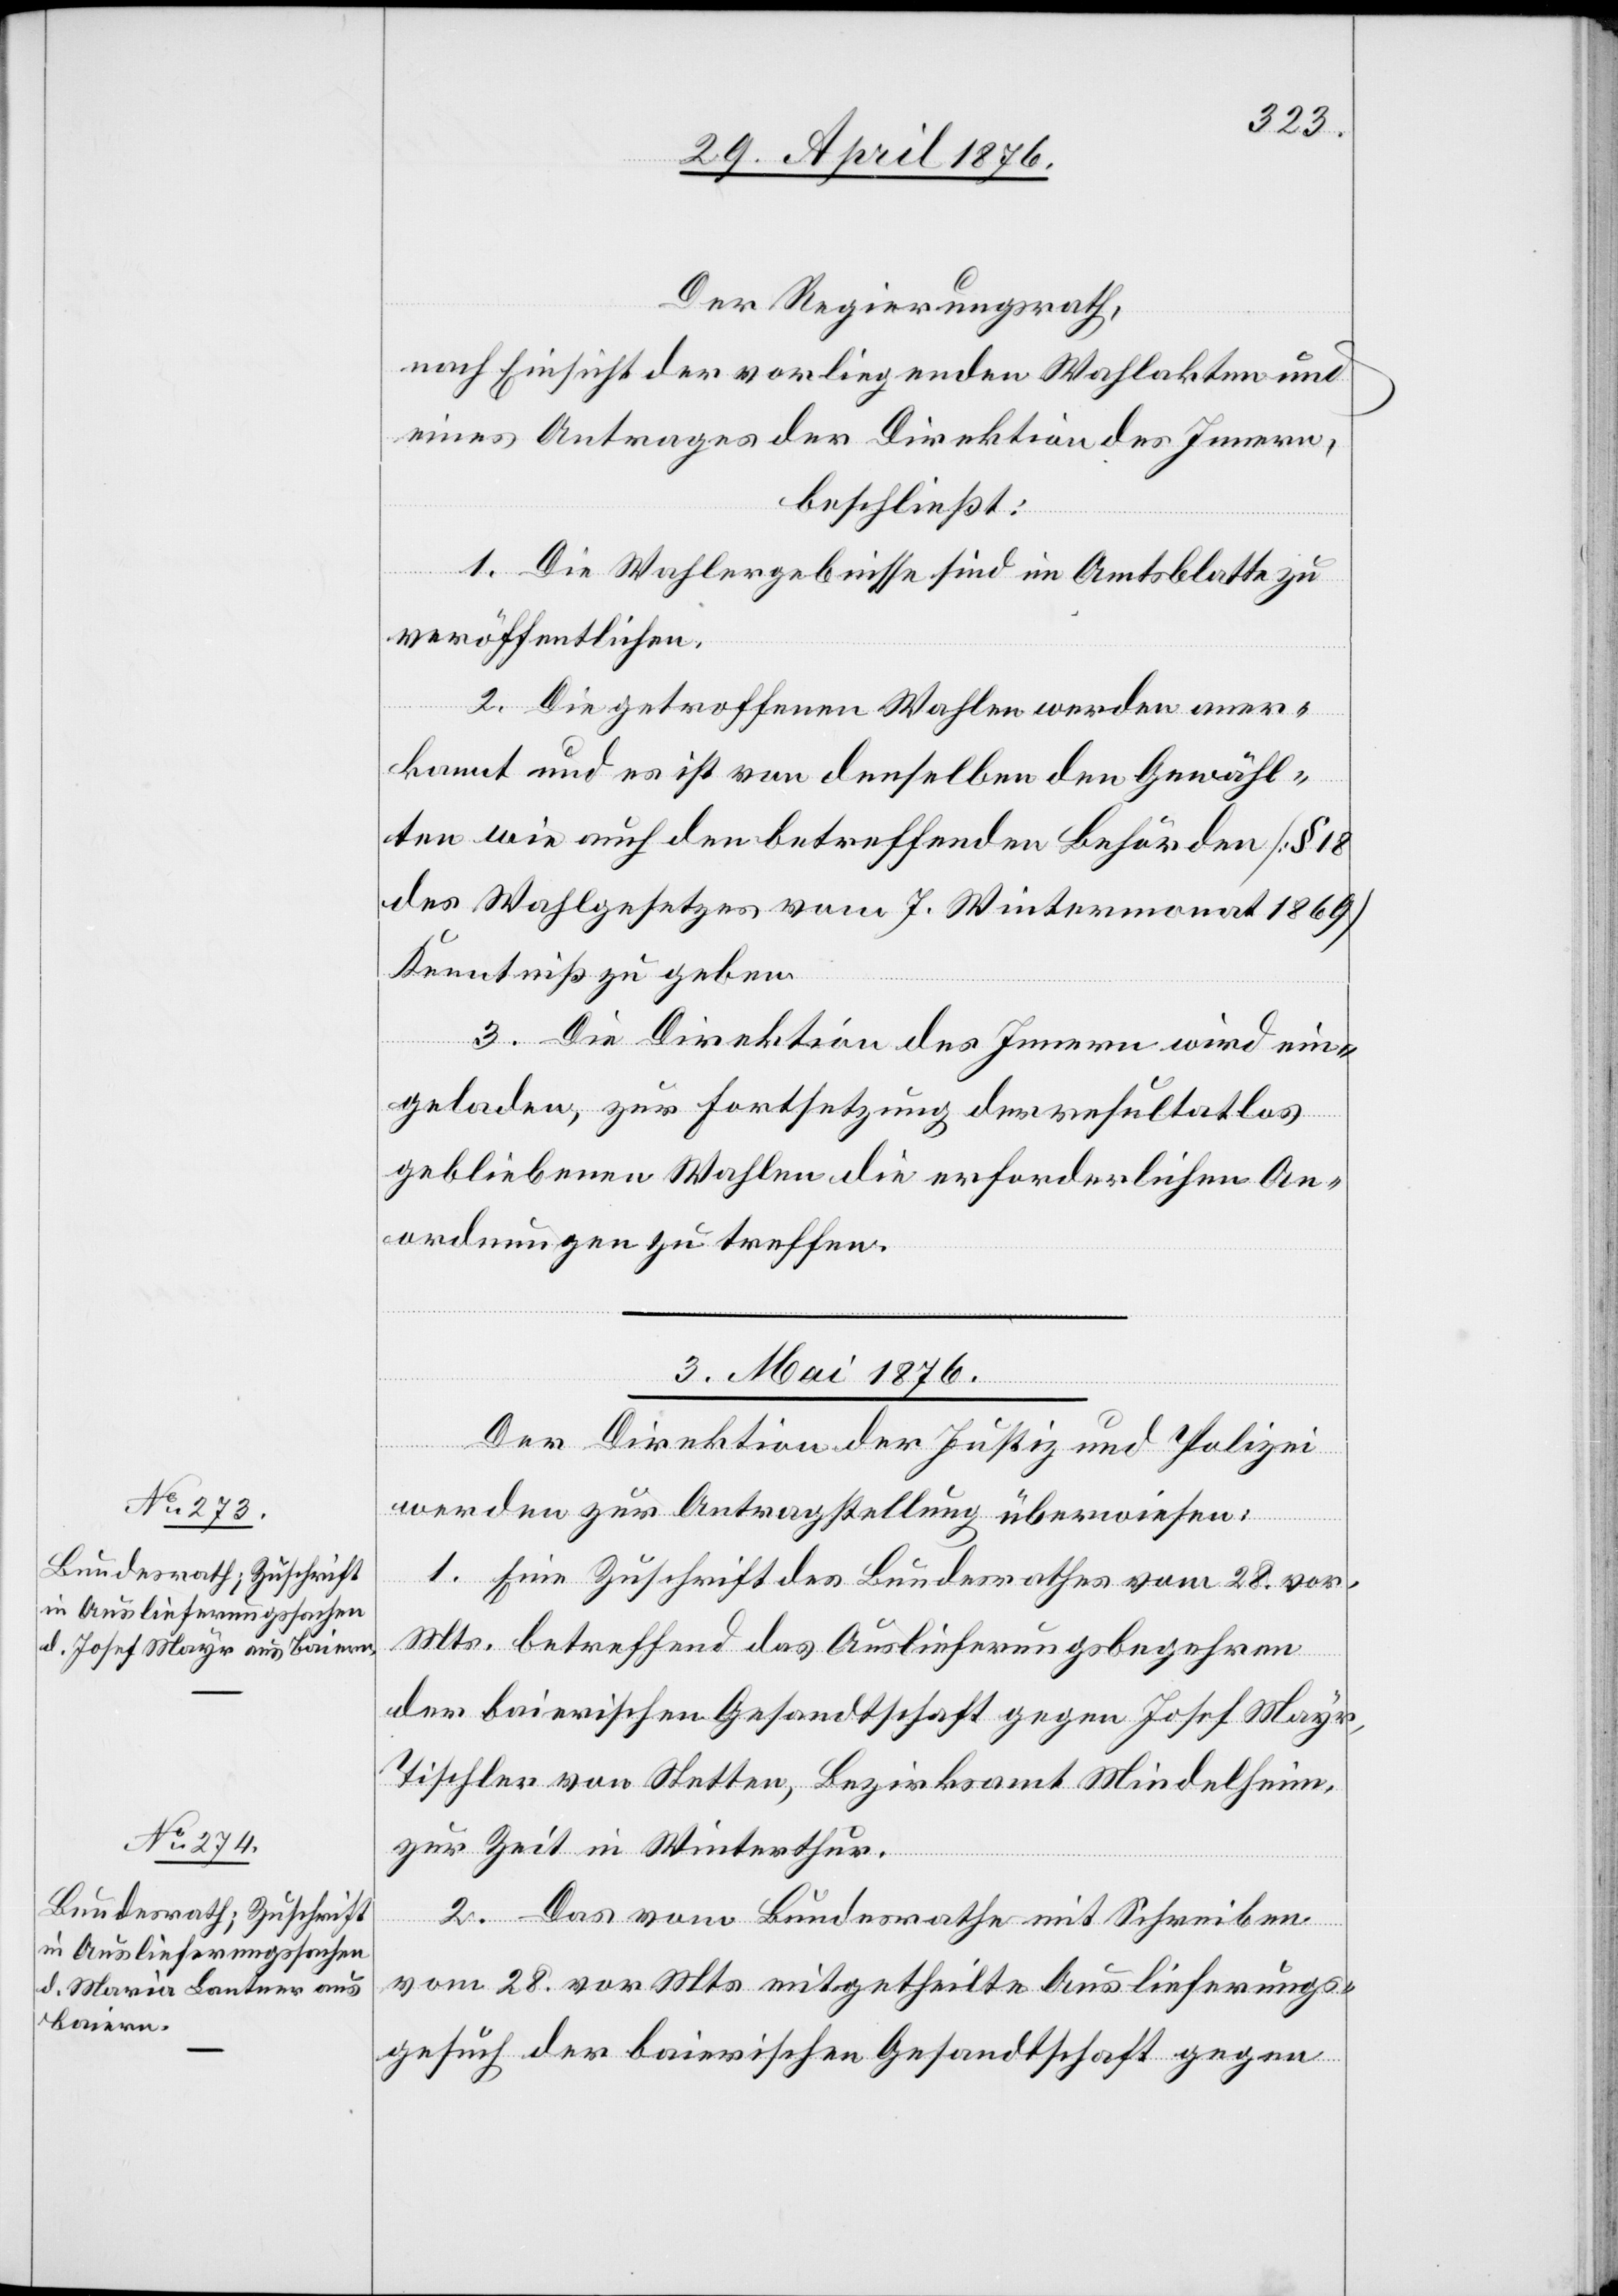
Der Regierungsrath,
nach Einsicht der vorliegenden Wahlakten und
eines Antrages der Direktion des Innern,
beschließt:
1. Die Wahlergebnisse sind im Amtsblatte zu
veröffentlichen.
2. Die getroffenen Wahlen werden aner¬
kannt und es ist von denselben den Gewähl¬
ten wie auch den betreffenden Behörden [§ 18
des Wahlgesetzes vom 7. Wintermonat 1869]
Kenntniß zu geben.
3. Die Direktion des Innern wird ein¬
geladen, zur Fortsetzung der resultatlos
gebliebenen Wahlen die erforderlichen An¬
ordnungen zu treffen.
3. Mai 1876.]
Der Direktion der Justiz und Polizei
werden zur Antragstellung überwiesen:
1. Eine Zuschrift des Bundesrathes vom 28. vor.
Mts. betreffend das Auslieferungsbegehren
der baierischen Gesandtschaft gegen Josef Mayr,
Tischler von Stetten, Bezirksamt Mindelheim,
zur Zeit in Winterthur.
2. Das vom Bundesrathe mit Schreiben
vom 28. vor. Mts. mitgetheilte Auslieferungs¬
gesuch der baierischen Gesandtschaft gegen